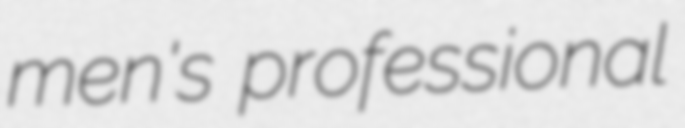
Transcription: men's professional